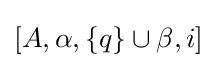
[A,\alpha ,\{q\}\cup \beta ,i]